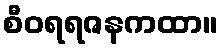
စီဝရရဇနကထာ။